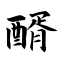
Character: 醑